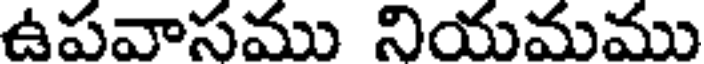
ఉపవాసము నియమము